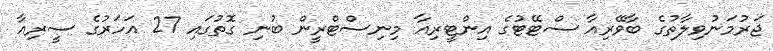
ޖަރުމަނުވިލާތުގެ ބާވޭރިއާ ސްޓޭޓުގެ އިންޓީރިއާ މިނިސްޓްރީން ބުނި ގޮތުގައި 27 އަހަރުގެ ސީރިއާ